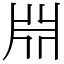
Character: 𣶒